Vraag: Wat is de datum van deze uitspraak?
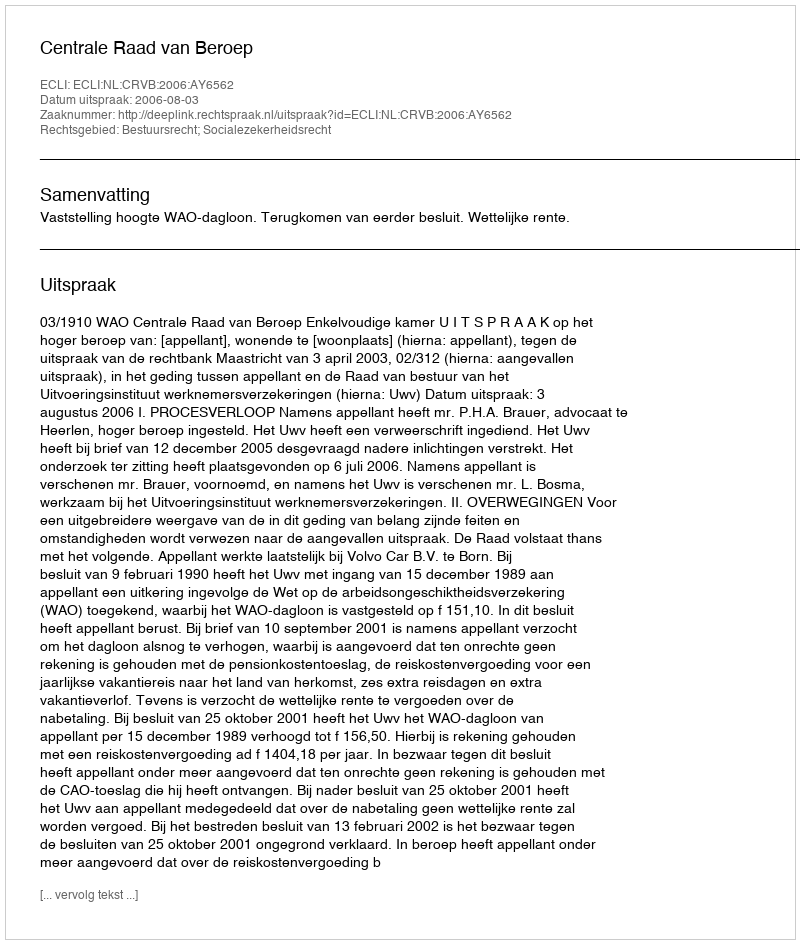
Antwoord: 2006-08-03